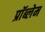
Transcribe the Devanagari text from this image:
प्राॅब्लेम